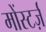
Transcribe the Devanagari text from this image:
मोंस्टर्ज़